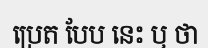
ប្រេត បែប នេះ ឬ ថា